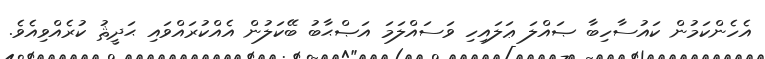
އެހެންކަމުން ކައުސާހިބާ ޞައްލަ ޢަލައިހި ވަސައްލަމަ އަޞްޙާބު ބޭކަލުން އެއްކުރައްވައި ޙަދީޘު ކުރެއްވިއެވެ.